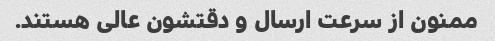
ممنون از سرعت ارسال و دقتشون عالی هستند.